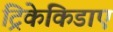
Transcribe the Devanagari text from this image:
ट्रिकेकिडाए